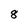
Character: 8